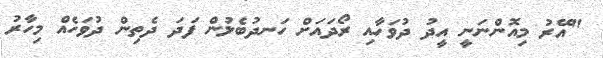
"އޭރު މިއޮންނަނީ އީދު ދުވަހާއި ރޯދައަށް ހަނދުބެލުން ފަދަ ދެތިން ދުވަހެއް މިހާރު